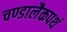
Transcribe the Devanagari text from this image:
चण्डालैकपथं